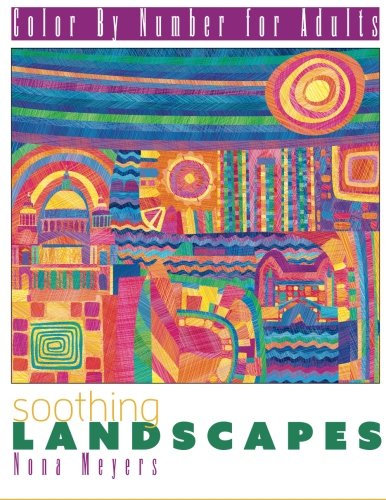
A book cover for Color By Number For Adults: Soothing Landscapes; Nona Meyers; Arts & Photography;